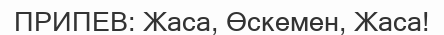
ПРИПЕВ: Жаса, Өскемен, Жаса!